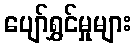
ပျော်ရွှင်မှုများ